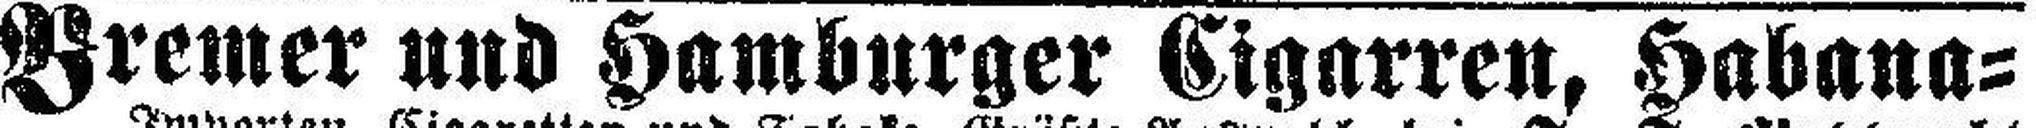
Bremer und Hamburger Cigarren, Habana=